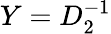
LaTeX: Y=D_{2}^{-1}